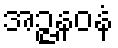
အဉ္ဇနဝနံ